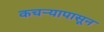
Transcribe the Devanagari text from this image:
कचर्‍यापासून